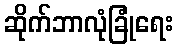
ဆိုက်ဘာလုံခြုံရေး